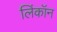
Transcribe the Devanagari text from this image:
लिंकॉन